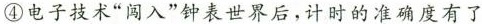
④电子技术“闯入”钟表世界后，计时的准确度有了